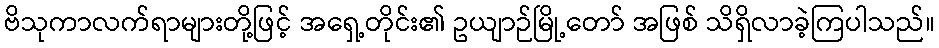
ဗိသုကာလက်ရာများတို့ဖြင့် အရှေ့တိုင်း၏ ဥယျာဉ်မြို့တော် အဖြစ် သိရှိလာခဲ့ကြပါသည်။